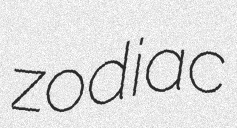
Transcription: zodiac